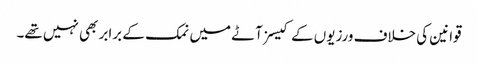
قوانین کی خلاف ورزیوں کے کیسز آٹے میں نمک کے برابر بھی نہیں تھے۔